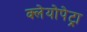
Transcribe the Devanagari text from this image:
क्लेयोपेट्रा